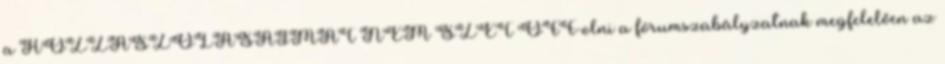
a HOZZÁSZÓLÁSAIMAT NEM SZÉT OFF-olni a fórumszabályzatnak megfelelően az